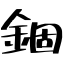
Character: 錮